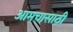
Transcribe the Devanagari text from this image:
आमचासाठी